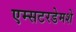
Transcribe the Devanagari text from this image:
एम्सटरडेमशे